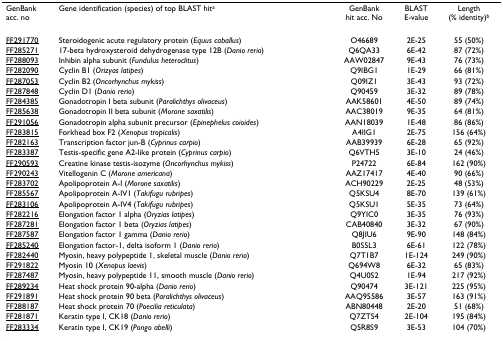
<table><thead><tr><td><b>GenBankacc. no</b></td><td><b>Gene identification (species) of top BLAST hit<sup>a</sup></b></td><td><b>GenBankhit acc. No</b></td><td><b>BLASTE-value</b></td><td><b>Length(% identity)<sup>b</sup></b></td></tr></thead><tbody><tr><td>FF291770</td><td>Steroidogenic acute regulatory protein (<i>Equus caballus</i>)</td><td>O46689</td><td>2E-25</td><td>55 (50%)</td></tr><tr><td>FF285271</td><td>17-beta hydroxysteroid dehydrogenase type 12B (<i>Danio rerio</i>)</td><td>Q6QA33</td><td>6E-42</td><td>87 (72%)</td></tr><tr><td>FF288093</td><td>Inhibin alpha subunit (<i>Fundulus heteroclitus</i>)</td><td>AAW02847</td><td>9E-43</td><td>76 (73%)</td></tr><tr><td>FF282090</td><td>Cyclin B1 (<i>Orizyas latipes</i>)</td><td>Q9IBG1</td><td>1E-29</td><td>66 (81%)</td></tr><tr><td>FF287053</td><td>Cyclin B2 (<i>Oncorhynchus mykiss</i>)</td><td>Q09IZ1</td><td>3E-43</td><td>93 (72%)</td></tr><tr><td>FF287848</td><td>Cyclin D1 (<i>Danio rerio</i>)</td><td>Q90459</td><td>3E-32</td><td>89 (78%)</td></tr><tr><td>FF284385</td><td>Gonadotropin I beta subunit (<i>Paralichthys olivaceus</i>)</td><td>AAK58601</td><td>4E-50</td><td>89 (74%)</td></tr><tr><td>FF285638</td><td>Gonadotropin II beta subunit (<i>Morone saxatilis</i>)</td><td>AAC38019</td><td>9E-35</td><td>64 (81%)</td></tr><tr><td>FF291056</td><td>Gonadotropin alpha subunit precursor (<i>Epinephelus coioides</i>)</td><td>AAN18039</td><td>1E-48</td><td>86 (86%)</td></tr><tr><td>FF283815</td><td>Forkhead box F2 (<i>Xenopus tropicalis</i>)</td><td>A4IIG1</td><td>2E-75</td><td>156 (64%)</td></tr><tr><td>FF282163</td><td>Transcription factor jun-B (<i>Cyprinus carpio</i>)</td><td>AAB39939</td><td>6E-28</td><td>65 (92%)</td></tr><tr><td>FF283387</td><td>Testis-specific gene A2-like protein (<i>Cyprinus carpio</i>)</td><td>Q6VTH5</td><td>3E-10</td><td>24 (46%)</td></tr><tr><td>FF290593</td><td>Creatine kinase testis-isozyme (<i>Oncorhynchus mykiss</i>)</td><td>P24722</td><td>6E-84</td><td>162 (90%)</td></tr><tr><td>FF290243</td><td>Vitellogenin C (<i>Morone americana</i>)</td><td>AAZ17417</td><td>4E-40</td><td>90 (66%)</td></tr><tr><td>FF283702</td><td>Apolipoprotein A-I (<i>Morone saxatilis</i>)</td><td>ACH90229</td><td>2E-25</td><td>48 (53%)</td></tr><tr><td>FF285567</td><td>Apolipoprotein A-IV1 (<i>Takifugu rubripes</i>)</td><td>Q5KSU4</td><td>8E-70</td><td>139 (61%)</td></tr><tr><td>FF283106</td><td>Apolipoprotein A-IV4 (<i>Takifugu rubripes</i>)</td><td>Q5KSU1</td><td>5E-35</td><td>73 (64%)</td></tr><tr><td>FF282216</td><td>Elongation factor 1 alpha (<i>Oryzias latipes</i>)</td><td>Q9YIC0</td><td>3E-35</td><td>76 (93%)</td></tr><tr><td>FF287281</td><td>Elongation factor 1 beta (<i>Oryzias latipes</i>)</td><td>CAB40840</td><td>3E-32</td><td>67 (90%)</td></tr><tr><td>FF287587</td><td>Elongation factor 1 gamma (<i>Danio rerio</i>)</td><td>Q8JIU6</td><td>9E-90</td><td>148 (84%)</td></tr><tr><td>FF285240</td><td>Elongation factor-1, delta isoform 1 (<i>Danio rerio</i>)</td><td>B0S5L3</td><td>6E-61</td><td>122 (78%)</td></tr><tr><td>FF282440</td><td>Myosin, heavy polypeptide 1, skeletal muscle (<i>Danio rerio</i>)</td><td>Q7T1B7</td><td>1E-124</td><td>249 (90%)</td></tr><tr><td>FF291822</td><td>Myosin 10 (<i>Xenopus laevis</i>)</td><td>Q694W8</td><td>6E-32</td><td>65 (83%)</td></tr><tr><td>FF287487</td><td>Myosin, heavy polypeptide 11, smooth muscle (<i>Danio rerio</i>)</td><td>Q4U0S2</td><td>1E-94</td><td>217 (92%)</td></tr><tr><td>FF289234</td><td>Heat shock protein 90-alpha (<i>Danio rerio</i>)</td><td>Q90474</td><td>3E-121</td><td>225 (95%)</td></tr><tr><td>FF291891</td><td>Heat shock protein 90 beta (<i>Paralichthys olivaceus</i>)</td><td>AAQ95586</td><td>3E-57</td><td>163 (91%)</td></tr><tr><td>FF288187</td><td>Heat shock protein 70 (<i>Poecilia reticulata</i>)</td><td>ABN80448</td><td>2E-20</td><td>51 (68%)</td></tr><tr><td>FF281871</td><td>Keratin type I, CK18 (<i>Danio rerio</i>)</td><td>Q7ZTS4</td><td>2E-104</td><td>195 (84%)</td></tr><tr><td>FF283334</td><td>Keratin type I, CK19 (<i>Pongo abelli</i>)</td><td>Q5R8S9</td><td>3E-53</td><td>104 (70%)</td></tr></tbody></table>